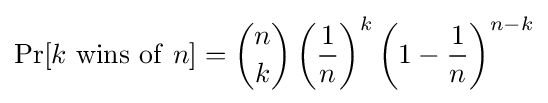
\Pr[k~\mathrm {wins~of} ~n]={\binom {n}{k}}\left({\frac {1}{n}}\right)^{k}\left(1-{\frac {1}{n}}\right)^{n-k}